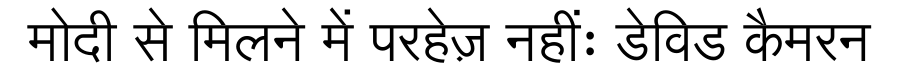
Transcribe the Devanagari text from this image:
मोदी से मिलने में परहेज़ नहींः डेविड कैमरन